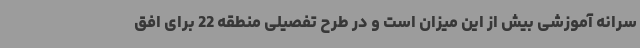
سرانه آموزشی بیش از این میزان است و در طرح تفصیلی منطقه 22 برای افق